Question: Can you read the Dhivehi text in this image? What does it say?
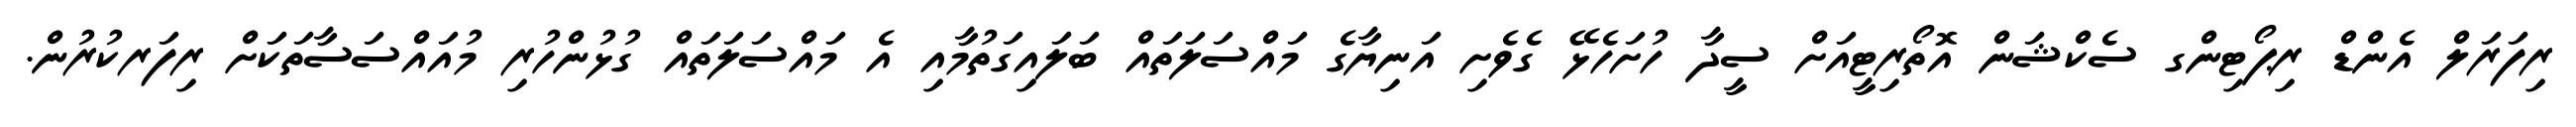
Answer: ރިފަރަލް އެންޑް ރިޕޯޓިންގ ސެކްޝަން އޮތޯރިޓީއަށް ސީދާ ހުށަހެޅޭ ގެވެށި އަނިޔާގެ މައްސަލަތައް ބަލައިގަތުމާއި އެ މައްސަލަތައް ގުޅުންހުރި މުއައްސަސާތަކަށް ރިފަރކުރުން.